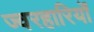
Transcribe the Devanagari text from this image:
ज्वरहारियों